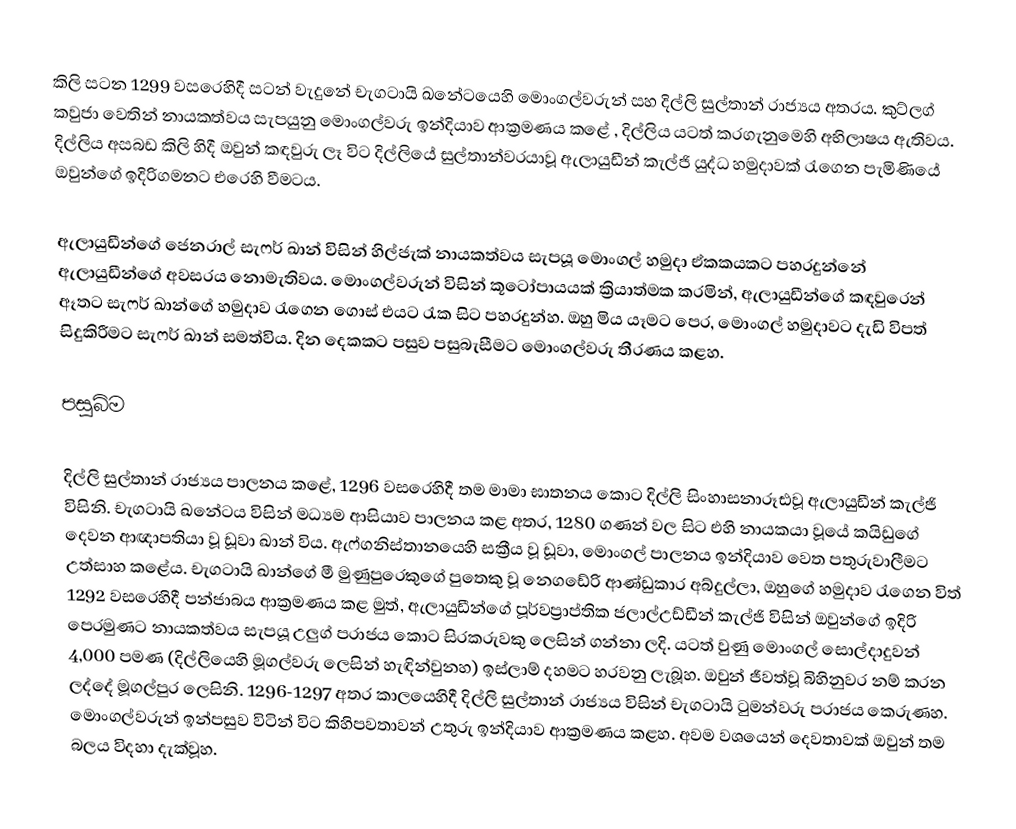
කිලි සටන 1299 වසරෙහිදී සටන් වැදුනේ  චැගටායි ඛනේටයෙහි මොංගල්වරුන් සහ දිල්ලි සුල්තාන් රාජ්‍යය අතරය. කුට්ලග් කවුජා වෙතින් නායකත්වය සැපයුනු මොංගල්වරු ඉන්දියාව ආක්‍රමණය කළේ , දිල්ලිය යටත් කරගැනුමෙහි අභිලාෂය ඇතිවය. දිල්ලිය අසබඩ කිලි හිදී ඔවුන් කඳවුරු ලෑ විට දිල්ලියේ සුල්තාන්වරයාවූ ඇලායුඩීන් කැල්ජි යුද්ධ හමුදාවක් රැගෙන පැමිණියේ ඔවුන්ගේ ඉදිරිගමනට එරෙහි වීමටය.

ඇලායුඩීන්ගේ ජෙනරාල් සැෆර් ඛාන් විසින් හිල්ජැක් නායකත්වය සැපයූ මොංගල් හමුදා ඒකකයකට පහරදුන්නේ ඇලායුඩීන්ගේ අවසරය නොමැතිවය. මොංගල්වරුන් විසින් කූ‍‍ටෝපායයක් ක්‍රියාත්මක කරමින්,  ඇලායුඩීන්ගේ කඳවුරෙන් ඈතට සැෆර් ඛාන්ගේ හමුදාව රැගෙන ගොස් එයට  රැක සිට පහරදුන්හ. ඔහු මිය යෑමට පෙර, මොංගල් හමුදාවට දැඩි විපත් සිදුකිරීමට සැෆර් ඛාන් සමත්විය. දින දෙකකට පසුව පසුබැසීමට මොංගල්වරු තීරණය කළහ.

පසුබිම

දිල්ලි සුල්තාන් රාජ්‍යය පාලනය කළේ, 1296 වසරෙහිදී තම මාමා ඝාතනය කොට දිල්ලි සිංහාසනාරූඪවූ ඇලායුඩීන් කැල්ජි විසිනි. චැගටායි ඛනේටය විසින් මධ්‍යම ආසියාව පාලනය කළ අතර, 1280 ගණන් වල සිට එහි නායකයා වූයේ කයිඩුගේ දෙවන ආඥාපතියා වූ ඩූවා ඛාන් විය. ඇෆ්ගනිස්තානයෙහි සක්‍රීය වූ ඩූවා, මොංගල් පාලනය ඉන්දියාව වෙත පතුරුවාලීමට උත්සාහ කළේය. චැගටායි ඛාන්ගේ මී මුණුපුරෙකුගේ පුතෙකු වූ නෙගඩේරි ආණ්ඩුකාර අබ්දුල්ලා, ඔහුගේ හමුදාව රැගෙන විත් 1292 වසරෙහිදී පන්ජාබය ආක්‍රමණය කළ මුත්, ඇලායුඩීන්ගේ පූර්වප්‍රාප්තික ජලාල්උඩ්ඩීන් කැල්ජි විසින් ඔවුන්ගේ ඉදිරි පෙරමුණට නායකත්වය සැපයූ උලුග් පරාජය කොට සිරකරුවකු ලෙසින් ගන්නා ලදි. යටත් වුණු මොංගල් සොල්දාදුවන් 4,000 පමණ (දිල්ලියෙහි මූගල්වරු ලෙසින් හැඳින්වුනහ) ඉස්ලාම් දහමට හරවනු ලැබූහ. ඔවුන් ජීවත්වූ බිහිනුවර නම් කරන ලද්දේ මූගල්පුර ලෙසිනි. 1296-1297 අතර කාලයෙහිදී දිල්ලි සුල්තාන් රාජ්‍යය විසින් චැගටායි ටුමන්වරු පරාජය කෙරුණහ. මොංගල්වරුන් ඉන්පසුව විටින් විට කිහිපවතාවන් උතුරු ඉන්දියාව ආක්‍රමණය කළහ. අවම වශයෙන් දෙවතාවක් ඔවුන් තම බලය විදහා දැක්වූහ.